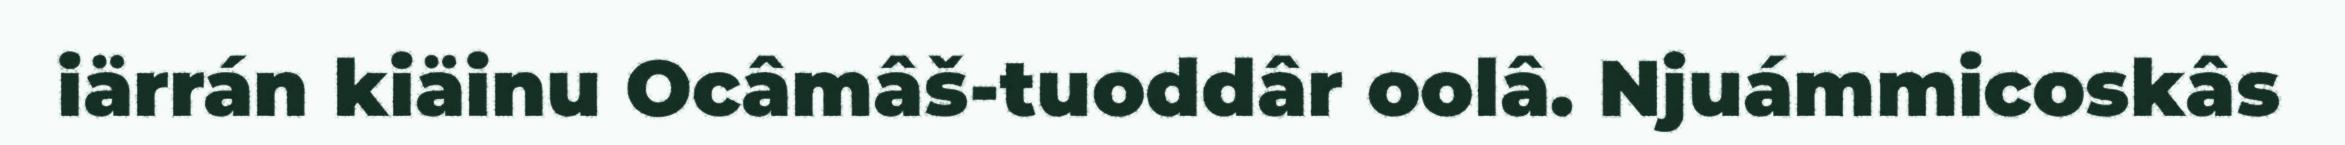
iärrán kiäinu Ocâmâš-tuoddâr oolâ. Njuámmicoskâs